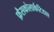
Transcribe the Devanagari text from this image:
फ़ैसकोलार्कटिडाए